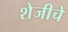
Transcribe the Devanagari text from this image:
शेजीचे